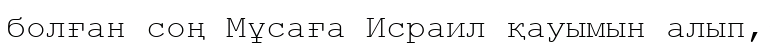
болған соң Мұсаға Исраил қауымын алып,